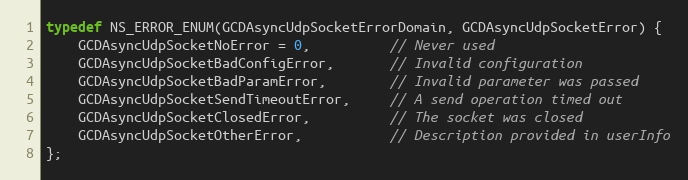
Language: C
typedef NS_ERROR_ENUM(GCDAsyncUdpSocketErrorDomain, GCDAsyncUdpSocketError) {
	GCDAsyncUdpSocketNoError = 0,          // Never used
	GCDAsyncUdpSocketBadConfigError,       // Invalid configuration
	GCDAsyncUdpSocketBadParamError,        // Invalid parameter was passed
	GCDAsyncUdpSocketSendTimeoutError,     // A send operation timed out
	GCDAsyncUdpSocketClosedError,          // The socket was closed
	GCDAsyncUdpSocketOtherError,           // Description provided in userInfo
};